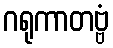
ဂရုကာတဗ္ဗံ